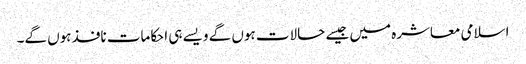
اسلامی معاشرہ میں جیسے حالات ہوں گے ویسے ہی احکامات نافذ ہوں گے۔